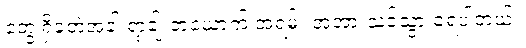
တွေ့ရှိခဲ့တဲ့အခါ ရာ့ချ် တယောက် အရမ်း အံ့အားသင့်သွားခဲ့ရပါတယ်။